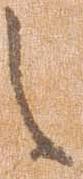
之